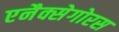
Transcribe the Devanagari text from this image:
एनैक्सेगोरस